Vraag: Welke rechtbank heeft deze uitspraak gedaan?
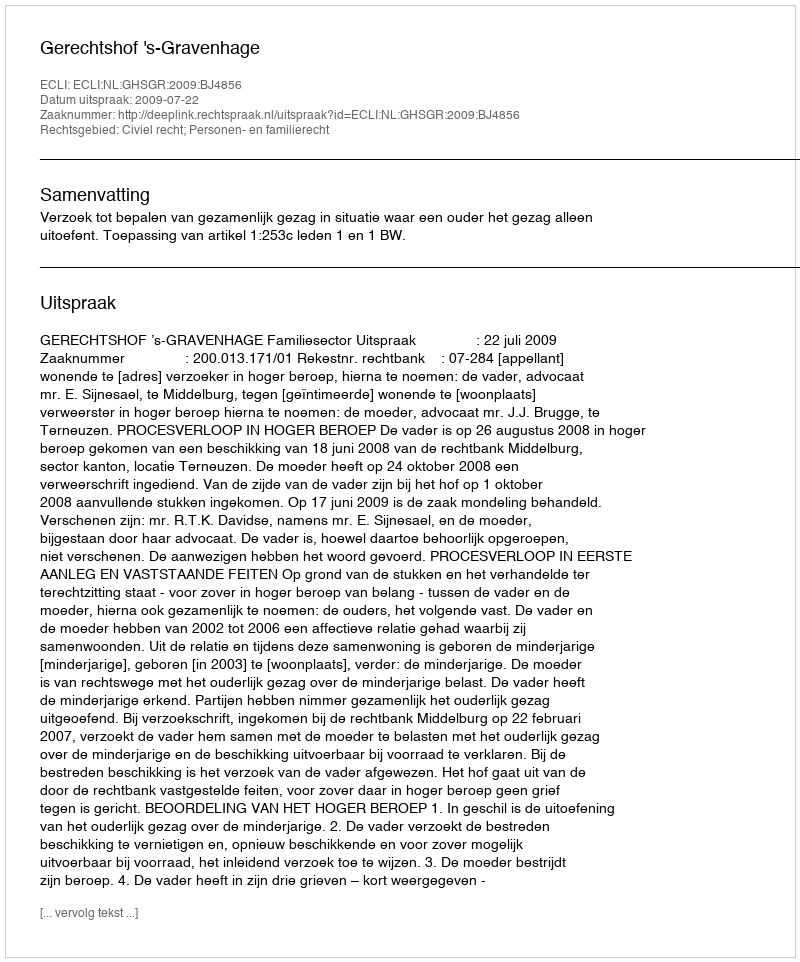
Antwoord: Gerechtshof 's-Gravenhage